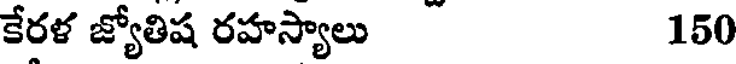
కేరళ జ్యోతిష రహస్యాలు 150